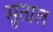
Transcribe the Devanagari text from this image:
सुताल